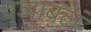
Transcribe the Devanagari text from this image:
वञाबलं